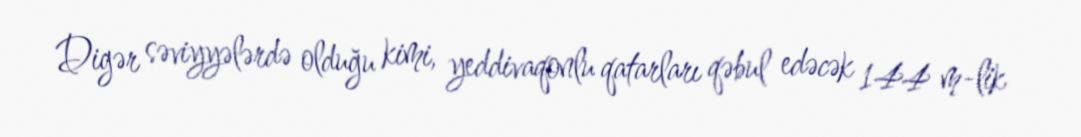
Digər səviyyələrdə olduğu kimi, yeddivaqonlu qatarları qəbul edəcək 144 m-lik